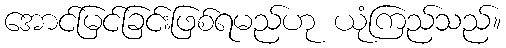
အောင်မြင်ခြင်းဖြစ်ရမည်ဟု ယုံကြည်သည်။